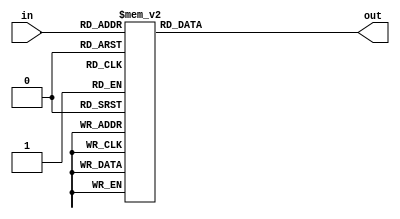
// Source: from classs
module HexDecoder(in, out);
    input [3:0] in;
    output reg [6:0] out;

    always @(in)
    case (in)
        4'h0: out = 7'b1000000;
        4'h1: out = 7'b1111001;
        4'h2: out = 7'b0100100;
        4'h3: out = 7'b0110000;
        4'h4: out = 7'b0011001;
        4'h5: out = 7'b0010010;
        4'h6: out = 7'b0000010;
        4'h7: out = 7'b1111000;
        4'h8: out = 7'b0000000;
        4'h9: out = 7'b0011000;
        4'hA: out = 7'b0001000;
        4'hB: out = 7'b0000011;
        4'hC: out = 7'b1000110;
        4'hD: out = 7'b0100001;
        4'hE: out = 7'b0000110;
        4'hF: out = 7'b0001110;
        default: out = 7'b0000110;
    endcase
endmodule